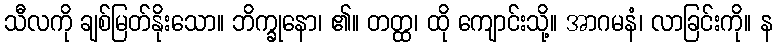
သီလကို ချစ်မြတ်နိုးသော။ ဘိက္ခုနော၊ ၏။ တတ္ထ၊ ထို ကျောင်းသို့။ အာဂမနံ၊ လာခြင်းကို။ န